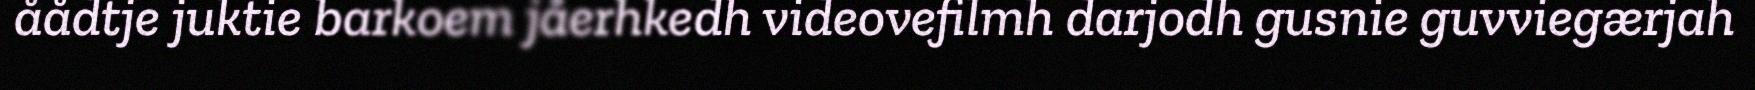
åådtje juktie barkoem jåerhkedh videovefilmh darjodh gusnie guvviegærjah